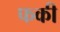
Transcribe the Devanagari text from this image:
फकी